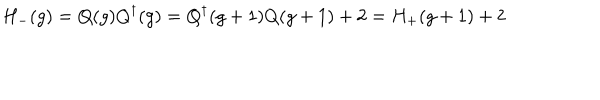
LaTeX: H _ { - } ( g ) = Q ( g ) Q ^ { \dagger } ( g ) = Q ^ { \dagger } ( g + 1 ) Q ( g + 1 ) + 2 = H _ { + } ( g + 1 ) + 2